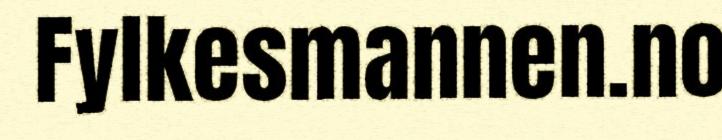
Fylkesmannen.no